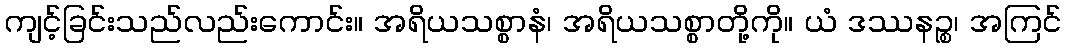
ကျင့်ခြင်းသည်လည်းကောင်း။ အရိယသစ္စာနံ၊ အရိယသစ္စာတို့ကို။ ယံ ဒဿနဉ္စ၊ အကြင်